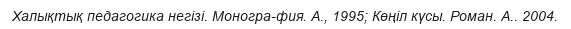
Халықтық педагогика негізі. Моногра­фия. А., 1995; Көңіл күсы. Роман. А.. 2004.